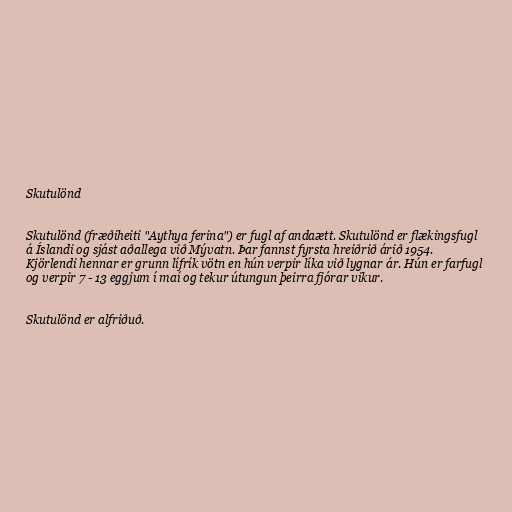
Skutulönd

Skutulönd (fræðiheiti "Aythya ferina") er fugl af andaætt. Skutulönd er flækingsfugl
á Íslandi og sjást aðallega við Mývatn. Þar fannst fyrsta hreiðrið árið 1954.
Kjörlendi hennar er grunn lífrík vötn en hún verpir líka við lygnar ár. Hún er farfugl
og verpir 7 - 13 eggjum í maí og tekur útungun þeirra fjórar vikur.

Skutulönd er alfriðuð.